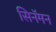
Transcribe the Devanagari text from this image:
सिनॅमन